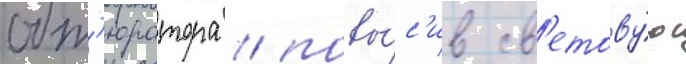
обт'юратора / повы́с'ив св'етову́ю